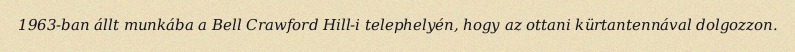
1963-ban állt munkába a Bell Crawford Hill-i telephelyén, hogy az ottani kürtantennával dolgozzon.